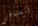
الصباحي